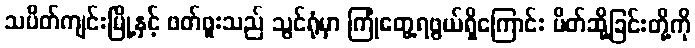
သပိတ်ကျင်းမြို့နှင့် ဖတ်ဖူးသည် သွင်ရုံမှာ ကြုံတွေ့ရဖွယ်ရှိကြောင်း ပိတ်ဆို့ခြင်းတို့ကို